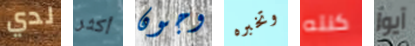
لدي أكثر وجون وتخبره كنته آيوا